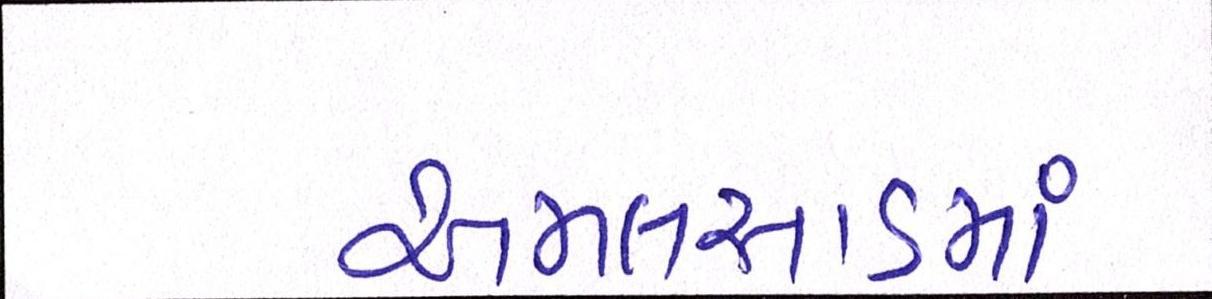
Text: અમલસાડમાં